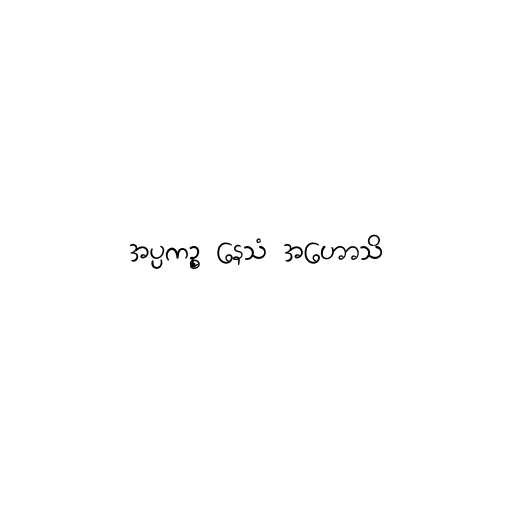
အပ္ပကဉ္စ နေသံ အဟောသိ